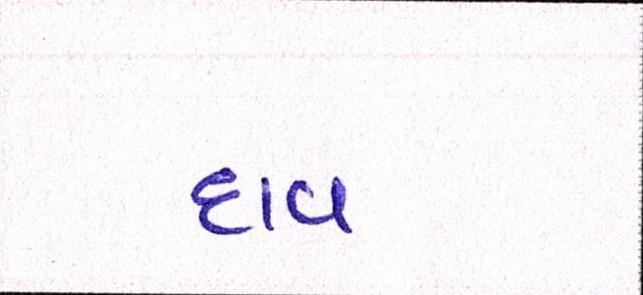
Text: દાવ